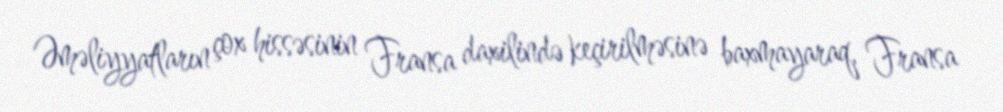
Əməliyyatların çox hissəsinin Fransa daxilində keçirilməsinə baxmayaraq, Fransa